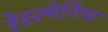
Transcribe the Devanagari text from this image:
रेस्ल्मेनिया